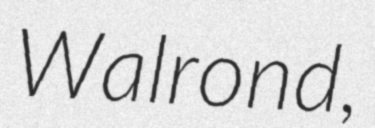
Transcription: Walrond,